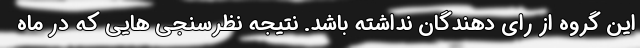
این گروه از رای دهندگان نداشته باشد. نتیجه نظرسنجی هایی که در ماه